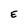
Character: E